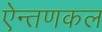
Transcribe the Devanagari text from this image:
ऐन्तणकल